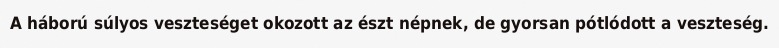
A háború súlyos veszteséget okozott az észt népnek, de gyorsan pótlódott a veszteség.